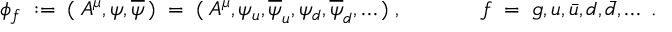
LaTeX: \phi _ { f } \; : = \; ( \; A ^ { \mu } , \psi , \overline { { { \psi } } } \, ) \; = \; ( \; A ^ { \mu } , \psi _ { u } , \overline { { { \psi } } } _ { u } , \psi _ { d } , \overline { { { \psi } } } _ { d } , \ldots \, ) \; , \; \; \; \; \; \; \; \; \; \; \; \; \; f \; = \; g , u , \bar { u } , d , \bar { d } , \ldots \; .